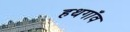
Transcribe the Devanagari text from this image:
हथगाँव